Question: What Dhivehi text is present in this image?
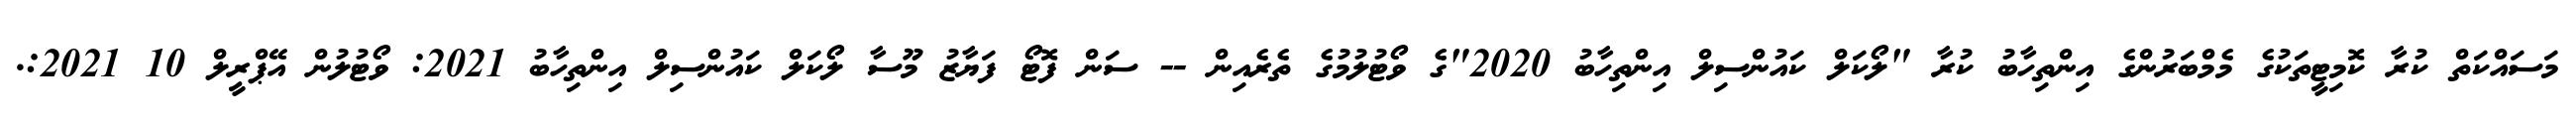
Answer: މަސައްކަތް ކުރާ ކޮމިޓީތަކުގެ މެމްބަރުންގެ އިންތިހާބު ކުރާ "ލޯކަލް ކައުންސިލް އިންތިހާބު 2020"ގެ ވޯޓުލުމުގެ ތެރެއިން -- ސަން ފޮޓޯ ފަޔާޒު މޫސާ ލޯކަލް ކައުންސިލް އިންތިހާބު 2021: ވޯޓުލުން އޭޕްރީލް 10 2021:.